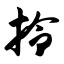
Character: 拎